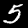
Digit: 5